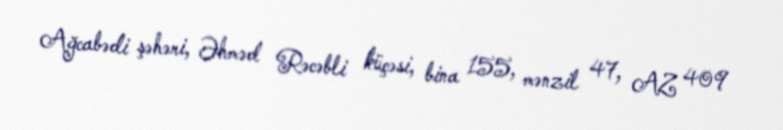
Ağcabədi şəhəri, Əhməd Rəcəbli küçəsi, bina 155, mənzil 47, AZ 409